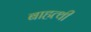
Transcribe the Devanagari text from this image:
बाहत्थी